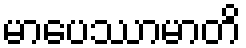
မာပေဿာမာတိ